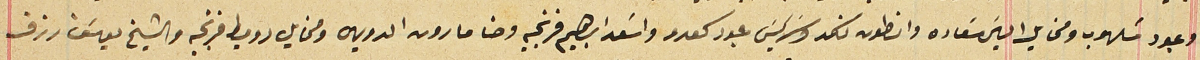
وعبود شلهوب ومخايل الياسَ سَعاده وانطون نكد وسَركيسَ عبود كعدو واسَعد ابراهيم فرنجيه وحنا مارون الدويهى ومخايل دوميط فرنجيه والشيخ يوسَف رزق